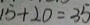
1 5 + 2 0 = 3 5